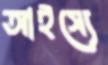
আইস্যে